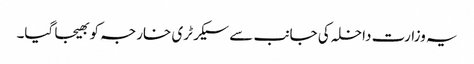
یہ وزارت داخلہ کی جانب سے سیکرٹری خارجہ کو بھیجا گیا۔